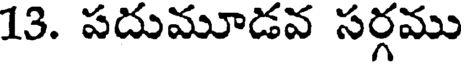
13. పదుమూడవ సర్గము